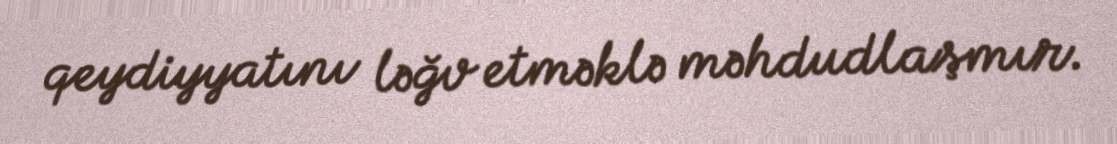
qeydiyyatını ləğv etməklə məhdudlaşmır.